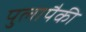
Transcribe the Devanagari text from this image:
पुलापैकी